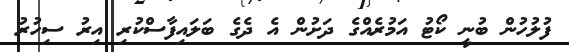
ފުލުހުން ބުނީ ކޯޓު އަމުރެއްގެ ދަށުން އެ ދެގެ ބަލައިފާސްކުރި އިރު ސިހުރު